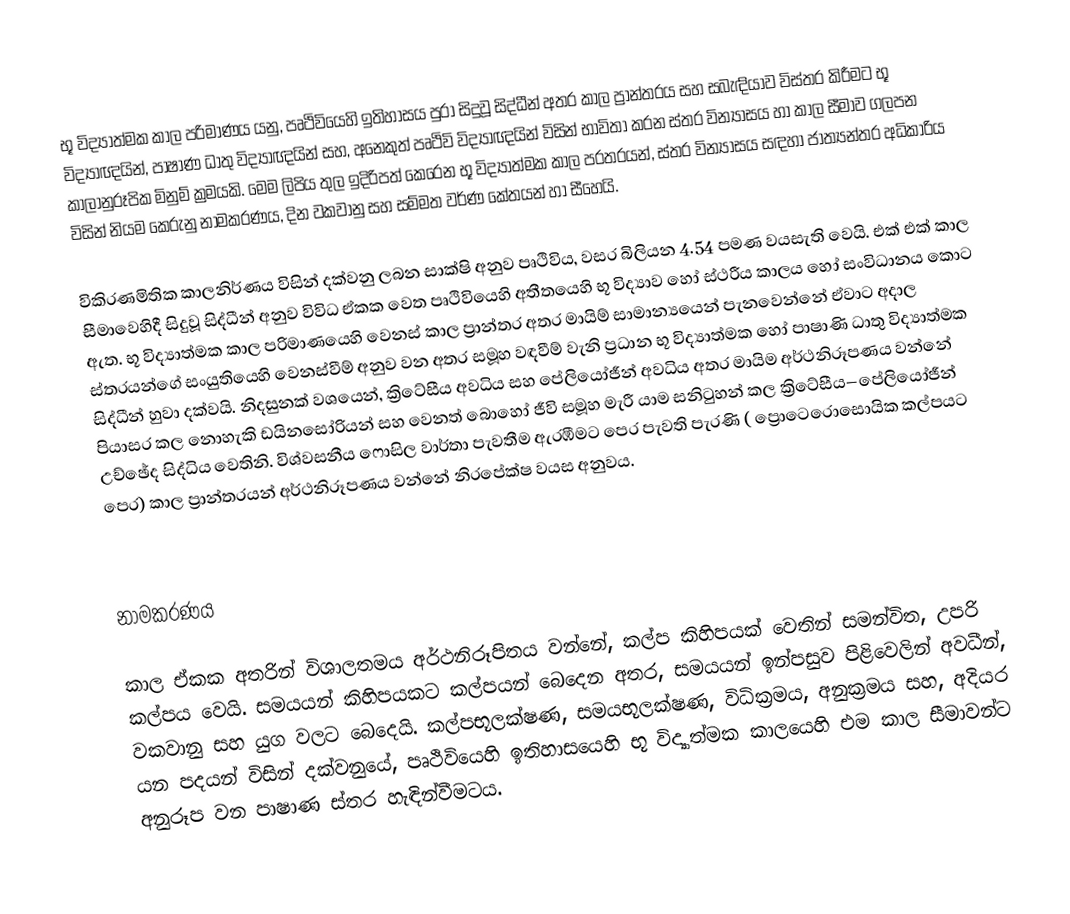
භූ විද්‍යාත්මක කාල පරිමාණය යනු,  පෘථිවියෙහි ඉතිහාසය පුරා සිදුවූ සිද්ධීන් අතර කාල ප්‍රාන්තරය සහ සබැඳියාව විස්තර කිරීමට භූ විද්‍යාඥයින්, පාෂාණ ධාතු විද්‍යාඥයින් සහ, අනෙකුත් පෘථිවි විද්‍යාඥයින් විසින් භාවිතා කරන  ස්තර වින්‍යාසය හා කාල සීමාව ගලපන  කාලානුරූපික මිනුම් ක්‍රමයකි. මෙම ලිපිය තුල ඉදිරිපත් කෙරෙන භූ විද්‍යාත්මක කාල පරතරයන්,  ස්තර වින්‍යාසය සඳහා ජාත්‍යන්තර අධිකාරිය විසින් නියම කෙරුනු නාමකරණය, දින වකවානු සහ සම්මත වර්ණ කේතයන්  හා සීහෙයි.

විකිරණමිතික කාලනිර්ණය විසින් දක්වනු ලබන සාක්ෂි අනුව පෘථිවිය, වසර බිලියන 4.54 පමණ වයසැති වෙයි.   එක් එක් කාල සීමාවෙහිදී සිදුවූ සිද්ධීන් අනුව විවිධ ඒකක වෙත පෘථිවියෙහි අතීතයෙහි භූ විද්‍යාව හෝ  ස්ථරීය කාලය හෝ සංවිධානය කොට ඇත. භූ විද්‍යාත්මක කාල පරිමාණයෙහි වෙනස් කාල ප්‍රාන්තර අතර මායිම් සාමාන්‍යයෙන් පැනවෙන්නේ ඒවාට අදාල ස්තරයන්ගේ සංයුතියෙහි වෙනස්වීම් අනුව වන අතර සමූහ වඳවීම් වැනි ප්‍රධාන භූ විද්‍යාත්මක හෝ පාෂාණි ධාතු විද්‍යාත්මක සිද්ධීන් හුවා දක්වයි. නිදසුනක් වශයෙන්, ක්‍රිටේසීය අවධිය  සහ පේලියෝජීන් අවධිය අතර මායිම අර්ථනිරූපණය වන්නේ  පියාසර කල නොහැකි ඩයිනසෝරියන් සහ වෙනත් බොහෝ ජීවි සමූහ මැරී යාම සනිටුහන් කල  ක්‍රිටේසීය–පේලියෝජීන් උච්ඡේද සිද්ධිය වෙතිනි. විශ්වසනීය ෆොසිල වාර්තා පැවතීම ඇරඹීමට පෙර පැවති පැරණි (  ප්‍රොටෙරොසොයික කල්පයට පෙර) කාල ප්‍රාන්තරයන් අර්ථනිරූපණය වන්නේ නිරපේක්ෂ වයස අනුවය.

නාමකරණය

කාල ඒකක අතරින් විශාලතමය අර්ථනිරූපිතය  වන්නේ, කල්ප කිහිපයක් වෙතින් සමන්විත, උපරි කල්පය වෙයි. සමයයන් කිහිපයකට කල්පයන්  බෙදෙන අතර, සමයයන් ඉන්පසුව  පිළිවෙලින් අවධීන්, වකවානු සහ යුග වලට බෙදෙයි. කල්පභූලක්ෂණ, සමයභූලක්ෂණ,  විධික්‍රමය,  අනුක්‍රමය සහ,  අදියර යන පදයන් විසින් දක්වනුයේ, පෘථිවියෙහි ඉතිහාසයෙහි භූ විද්‍යාත්මක කාලයෙහි එම කාල සීමාවන්ට අනුරූප වන පාෂාණ ස්තර හැඳින්වීමටය.